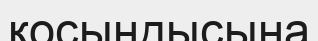
қосындысына